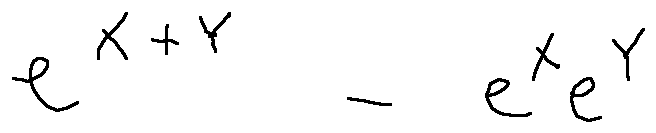
e ^ { X + Y } - e ^ { X } e ^ { Y }